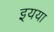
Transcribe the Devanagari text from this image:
इयया